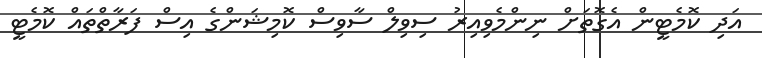
އަދި ކޮމެޓީން އެގޮތަށް ނިންމެވިއިރު ސިވިލް ސާވިސް ކޮމިޝަންގެ އިސް ފަރާތްތައް ކޮމެޓީ